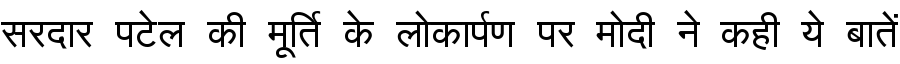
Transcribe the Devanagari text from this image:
सरदार पटेल की मूर्ति के लोकार्पण पर मोदी ने कही ये बातें